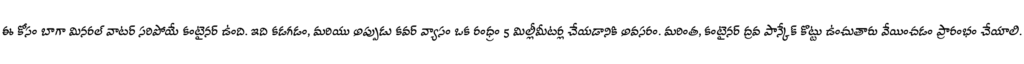
ఈ కోసం బాగా మినరల్ వాటర్ సరిపోయే కంటైనర్ ఉంది. ఇది కడగడం, మరియు అప్పుడు కవర్ వ్యాసం ఒక రంధ్రం 5 మిల్లీమీటర్ల చేయడానికి అవసరం. మరింత, కంటైనర్ ద్రవ పాన్కేక్ కొట్టు ఉంచుతారు వేయించడం ప్రారంభం చేయాలి.